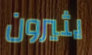
يثيرون